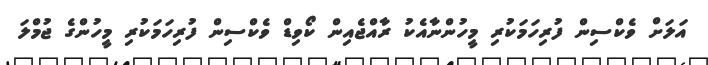
އަލަށް ވެކްސިން ފުރިހަމަކުރި މީހުންނާއެކު ރާއްޖެއިން ކޯވިޑް ވެކްސިން ފުރިހަމަކުރި މީހުންގެ ޖުމްލަ